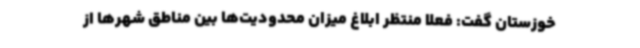
خوزستان گفت: فعلا منتظر ابلاغ میزان محدودیت‌ها بین مناطق شهرها از